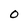
Character: o